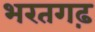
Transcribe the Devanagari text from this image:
भरतगढ़